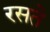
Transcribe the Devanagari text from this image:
रसते